255_413270_UFO's_and_Defense_What_Should_we_Prepare_For
Agency: NASA
Page 3
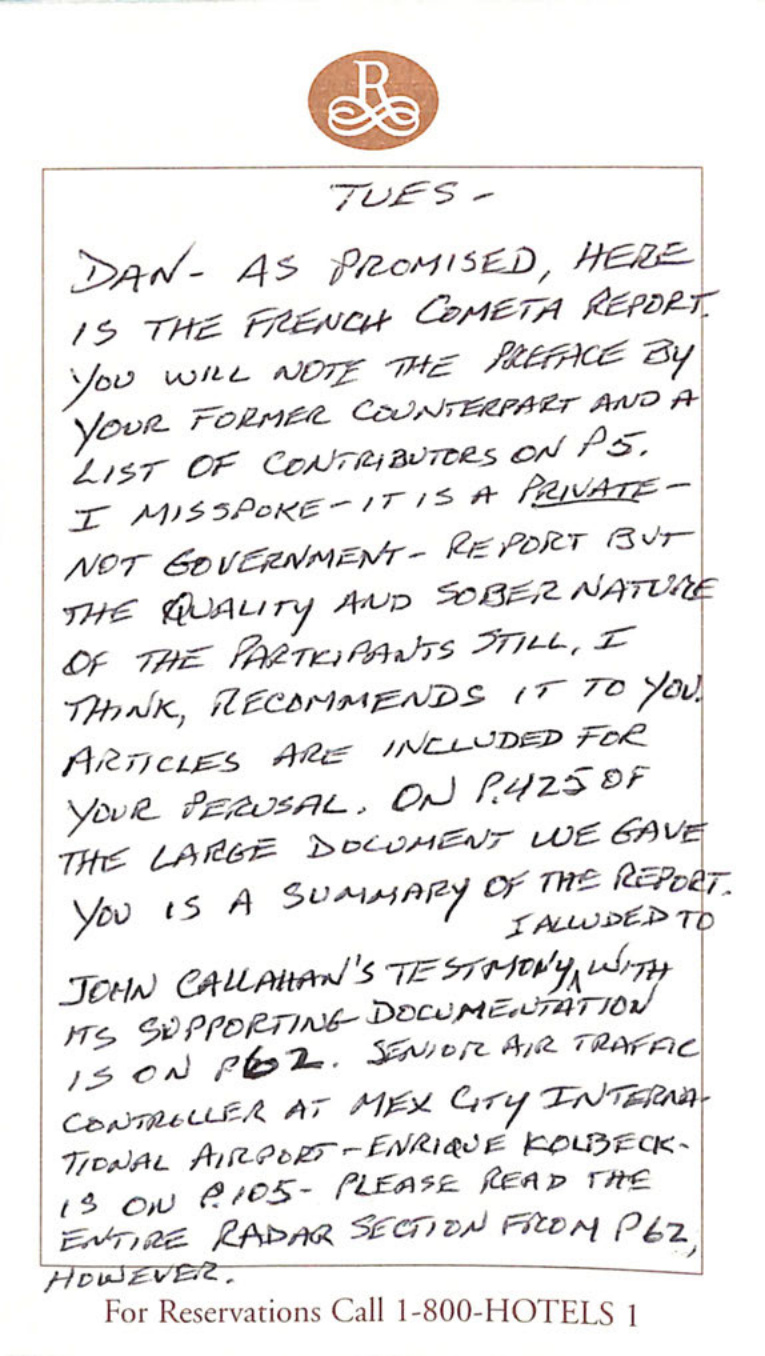